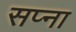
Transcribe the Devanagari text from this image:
सप्ना